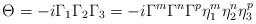
\begin{align*}\Theta = -i \Gamma_1 \Gamma_2 \Gamma_3 = -i \Gamma^m \Gamma^n \Gamma^p \eta^m_1 \eta^n_2 \eta^p_3 \end{align*}